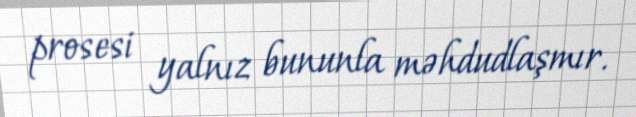
prosesi yalnız bununla məhdudlaşmır.